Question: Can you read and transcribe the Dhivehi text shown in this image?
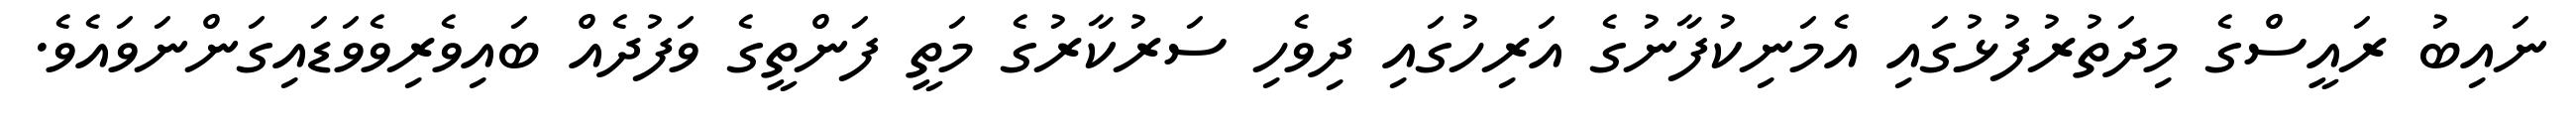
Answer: ނައިބު ރައީސްގެ މިދަތުރުފުޅުގައި އެމަނިކުފާނުގެ އަރިހުގައި ދިވެހި ސަރުކާރުގެ މަތީ ފަންތީގެ ވަފުދެއް ބައިވެރިވެވަޑައިގަންނަވައެވެ.